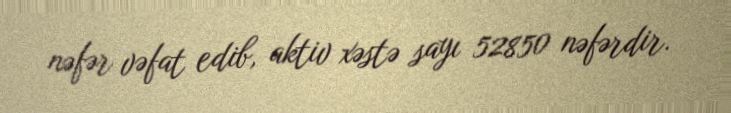
nəfər vəfat edib, aktiv xəstə sayı 52850 nəfərdir.